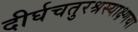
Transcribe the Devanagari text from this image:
दीर्घचतुरश्रस्याक्ष्णया